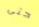
حتى